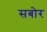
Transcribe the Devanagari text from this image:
सबोर